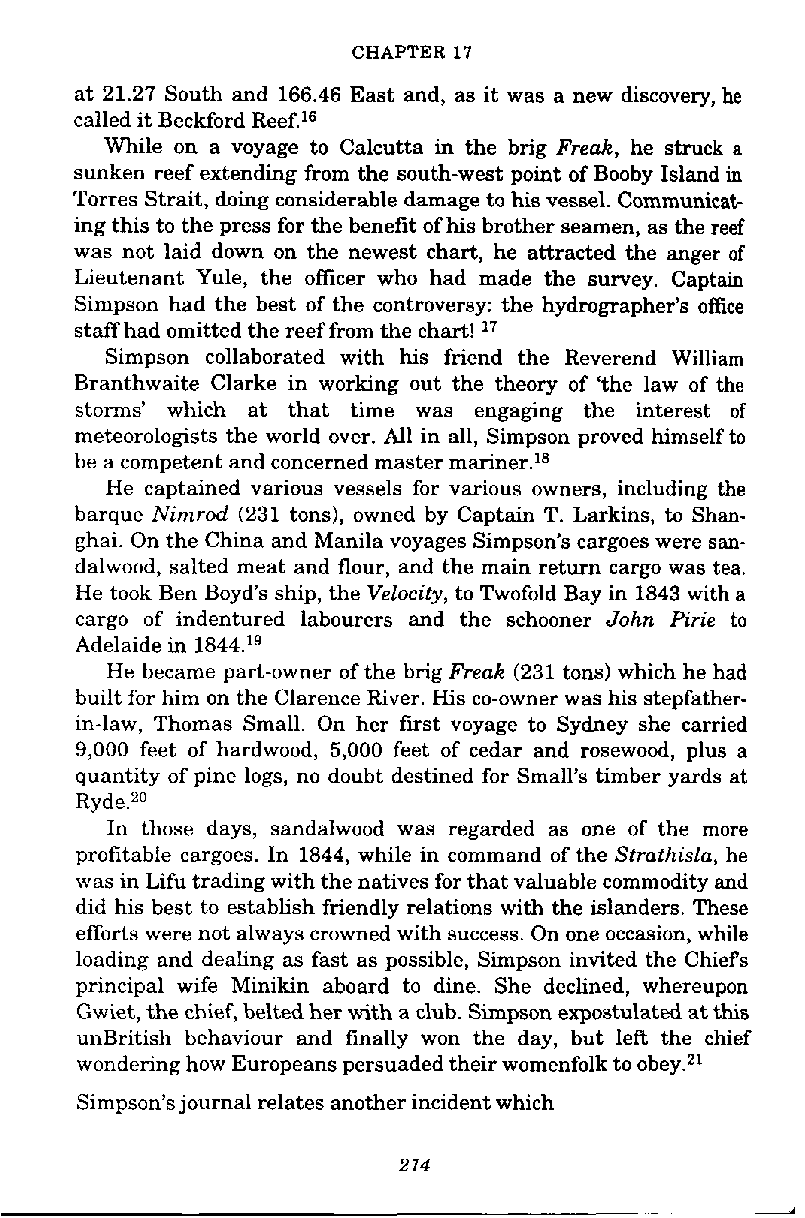
CHAPTER 17
 at 21.27 South and 166.46 East and, as it was a new discovery, he
 called it Beckford Reef.16
 While on a voyage to Calcutta in the brig Freak, he struck a
 sunken reef extending from the south-west point of Booby Island in
 Torres Strait, doing considerable damage to his vessel. Communicat-
 ing this to the press for the benefit of his brother seamen, as the reef
 was not laid down on the newest chart, he attracted the anger of
 Lieutenant Yule, the officer who had made the survey. Captain
 Simpson had the best of the controversy: the hydrographer's office
 staff had omitted the reef from the chart! l1
 Simpson collaborated with his friend the Reverend William
 Branthwaite Clarke in working out the theory of 'the law of the
 storms' which at that time was engaging the interest of
 meteorologists the world over. All in all, Simpson proved himself to
 be a competent and concerned master mariner.18
 He captained various vessels for various owners, including the
 barque Nimrod (231 tons), owned by Captain T. Larkins, to Shan-
 ghai. On the China and Manila voyages Simpson's cargoes were san-
 dalwood, salted meat and flour, and the main return cargo was tea.
 He took Ben Boyd's ship, the Velocity, to Twofold Bay in 1843 with a
 cargo of indentured labourers and the schooner John Pirie to
 Adelaide in 1844.19
 He became part-owner of the brig Freak (231 tons) which he had
 built for him on the Clarence River. His co-owner was his stepfather-
 in-law, Thomas Small. On her first voyage to Sydney she carried
 9,000 feet of hardwood, 5,000 feet of cedar and rosewood, plus a
 quantity of pine logs, no doubt destined for Small's timber yards at
 R ~ d e . ~ ~
 In those days, sandalwood was regarded as one of the more
 profitable cargoes. In 1844, while in command of the Strathisla, he
 was in Lifu trading with the natives for that valuable commodity and
 did his best to establish friendly relations with the islanders. These
 efforts were not always crowned with success. On one occasion, while
 loading and dealing as fast as possible, Simpson invited the Chiefs
 principal wife Minikin aboard to dine. She declined, whereupon
 Gwiet, the chief, belted her with a club. Simpson expostulated at this
 unBritish behaviour and finally won the day, but leR the chief
 wondering how Europeans persuaded their womenfolk to obey.z1
 Simpson's journal relates another incident which